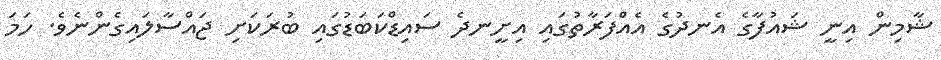
ޝާމިން އިނީ ޝައުފާގެ އެނދުގެ އެއްފަރާތުގައި އިށީނދެ ސައިޑްކަބަޑުގައި ބުރަކަށި ޖައްސާލައިގެންނެވެ. ހަމަ